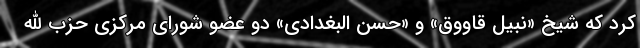
کرد که شیخ «نبیل قاووق» و «حسن البغدادی» دو عضو شورای مرکزی حزب الله